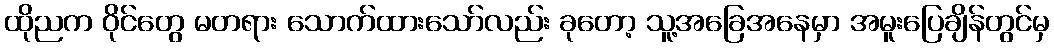
ထိုညက ဝိုင်တွေ မတရား သောက်ထားသော်လည်း ခုတော့ သူ့အခြေအနေမှာ အမူးပြေချိန်တွင်မှ